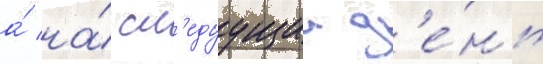
а́ на́ сл'едуущии д'е́нь